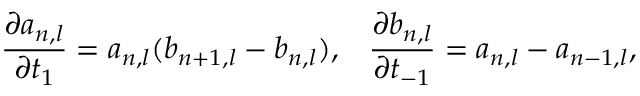
\frac { \partial a _ { n , l } } { \partial t _ { 1 } } = a _ { n , l } ( b _ { n + 1 , l } - b _ { n , l } ) , \; \; \; \frac { \partial b _ { n , l } } { \partial t _ { - 1 } } = a _ { n , l } - a _ { n - 1 , l } ,